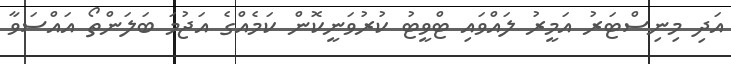
އަދި މިނިސްޓަރު އަމީރު ލައްވައި ޓްވީޓު ކުރުވަނީކޮން ކަމެއްގެ އަޖުމަ ބަލަންތޯ އައްސަވާ